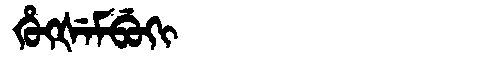
Manchu: ᡥᡠᡴᡧᡝᠮᠪᡠᡴᡳ
Romanization: HUKŠEMBUKI